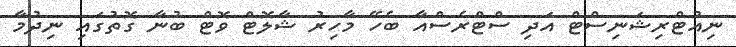
ނިއުޓްރިޝަނިސްޓް އަދި ސްޓްރެސްއާ ބެހޭ މާހިރު ޝާލޮޓް ވޮޓް ބުނާ ގޮތުގައި ނިދުމާ